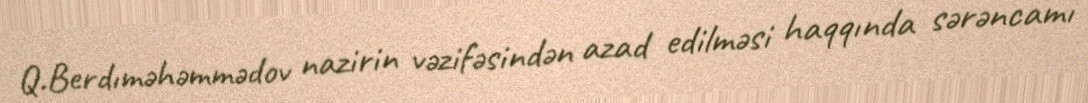
Q.Berdıməhəmmədov nazirin vəzifəsindən azad edilməsi haqqında sərəncamı